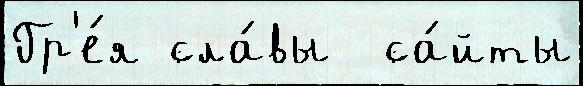
Гр'е́я сла́вы  са́йты